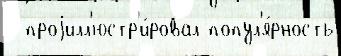
  проjилл'юстр'и́ровал попул'я́рность